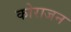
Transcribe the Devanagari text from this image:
कोराजन